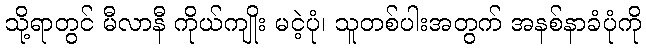
သို့ရာတွင် မီလာနီ ကိုယ်ကျိုး မငဲ့ပုံ၊ သူတစ်ပါးအတွက် အနစ်နာခံပုံကို